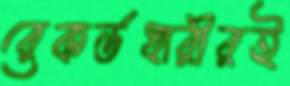
রেকর্ডধারীরই